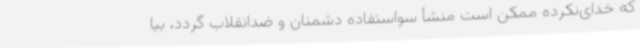
که خدای‌نکرده ممکن است منشأ سواستفاده دشمنان و ضدانقلاب گردد، بیا